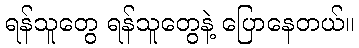
ရန်သူတွေ ရန်သူတွေနဲ့ ပြောနေတယ်။